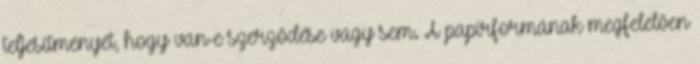
teljesítményét, hogy van-e szerződése vagy sem. A papírformának megfelelően